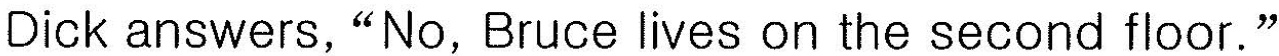
Dick answers, "No, Bruce lives on the second floor."